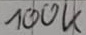
Text: 100K